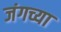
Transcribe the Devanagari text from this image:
जंगच्या